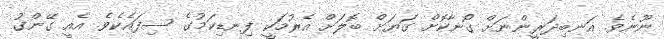
ނޫނެވެ. އަނބިދަރީންނަށް ގޯނާކޮށް ގަޔަށް ބޮލަށް އެރުމަކީ ފިނޑިކަމުގެ ސިފައެކެވެ. އެއީ ގޭންގު